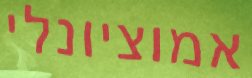
אמוציונלי